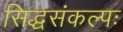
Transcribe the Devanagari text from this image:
सिद्धसंकल्पः